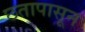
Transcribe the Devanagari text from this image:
छतापासून